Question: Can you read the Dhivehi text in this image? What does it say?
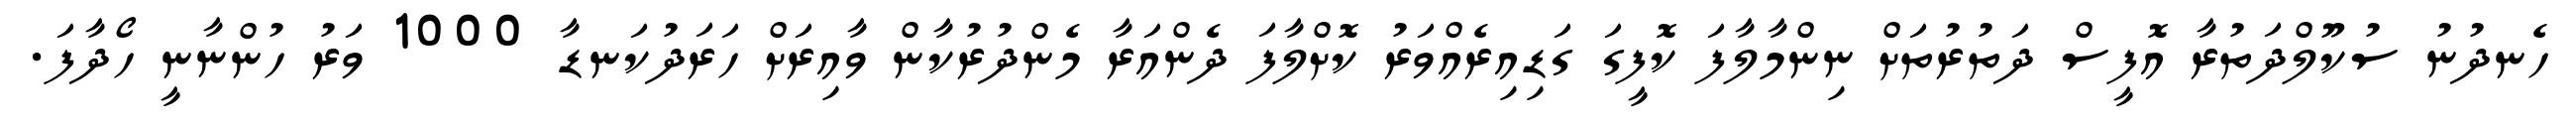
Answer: ހެނދުނު ސުކޫލްދަތުރާ އޮފީސް ދަތުރުތަށް ނިންމާލާފަ ކޮފީގަ ގަޑިއިރެއްވަރު ކޮށްލާފަ ދެންއަރާ މެންދުރުކާން ވާއިރަށް ހަރަދުކަނޑާ 1000 ވަރު ހުންނާނީ ހޯދާފަ.